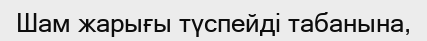
Шам жарығы түспейді табанына,